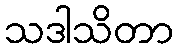
သဒါသိတာ